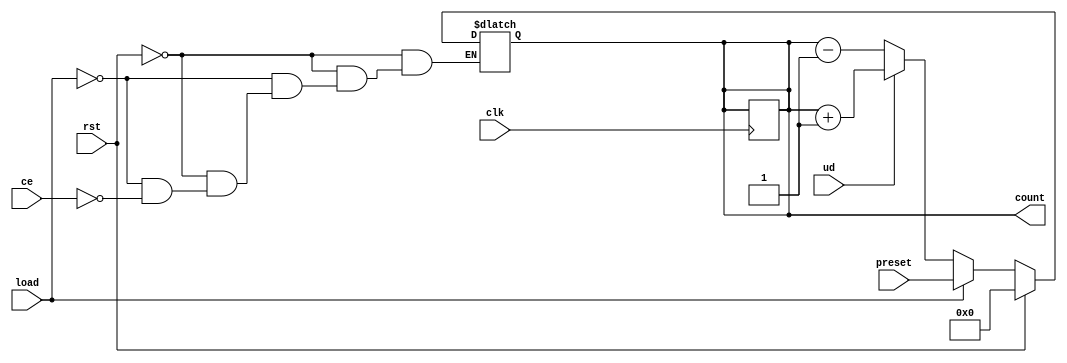
module async_load_counter (
    input wire clk,          // Clock signal
    input wire rst,          // Active-high asynchronous reset
    input wire load,         // Active-high load signal
    input wire ce,           // Count enable signal
    input wire ud,           // Up/Down control signal
    input wire [7:0] preset, // Preset value (8-bit width)
    output reg [7:0] count   // Counter value (8-bit width)
);

    // Asynchronous reset and load logic
    always @(*) begin
        if (rst) begin
            count = 8'b0; // Reset counter to 0
        end else if (load) begin
            count = preset; // Load preset value
        end else if (ce) begin
            // Count up or down based on ud signal
            if (ud) begin
                count = count + 1; // Increment
            end else begin
                count = count - 1; // Decrement
            end
        end
    end

    // Synchronous update on clock edge
    always @(posedge clk) begin
        // The count value is updated based on the combinational logic
        // defined in the always @(*) block.
        // This ensures that the count value is only updated on the clock edge.
        if (!rst) begin
            count <= count; // Hold current value if not resetting
        end
    end

endmodule